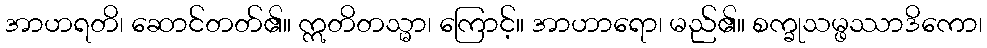
အာဟရတိ၊ ဆောင်တတ်၏။ ဣတိတသ္မာ၊ ကြောင့်။ အာဟာရော၊ မည်၏။ စက္ခုသမ္ဖဿာဒိကော၊